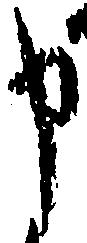
申